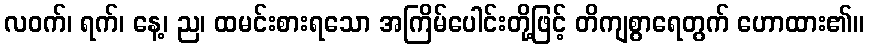
လဝက်၊ ရက်၊ နေ့၊ ည၊ ထမင်းစားရသော အကြိမ်ပေါင်းတို့ဖြင့် တိကျစွာရေတွက် ဟောထား၏။